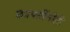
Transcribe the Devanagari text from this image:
छत्रपतींनीही